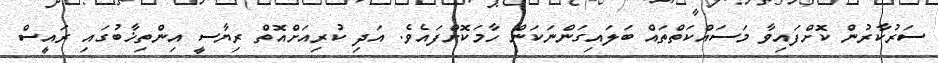
ސަރުކާރުން ކޮށްފައިވާ މަސައްކަތްތައް ބަލައިގަންނަކަން ހާމަކޮށްފައެވެ. އަދި ކުރިއަށްއޮތް ރިޔާސީ އިންތިޚާބުގައި ރައީސް